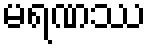
မရဏဿ